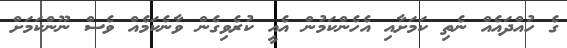
ގެ ހުއްދައެއް ނެތި ކަމަށާއި އެހެންކަމުން އެއީ ކުރެވިގެން ވާނެކަމެއް ވެސް ނޫންކަމަށް